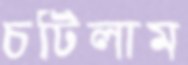
চটিলাম